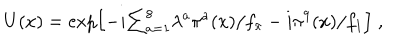
LaTeX: U ( x ) = \exp \Bigl [ - i { \textstyle \sum _ { a = 1 } ^ { 8 } } \lambda ^ { a } \pi ^ { a } ( x ) / f _ { \pi } - i \pi ^ { 9 } ( x ) / f _ { 1 } \Bigr ] \; ,